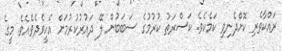
ރައްކާތެރި ކޮށްދެނިވި ކަމެކެވެ. ކަސްރަތު ކުރުމުގެ ސަބަބުން ލޭ ދައުރުކުރުމަށް އެހީވެދެވެއެވެ. މީގެ